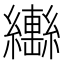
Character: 𱺍